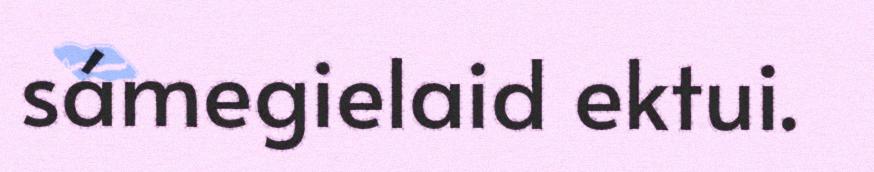
sámegielaid ektui.